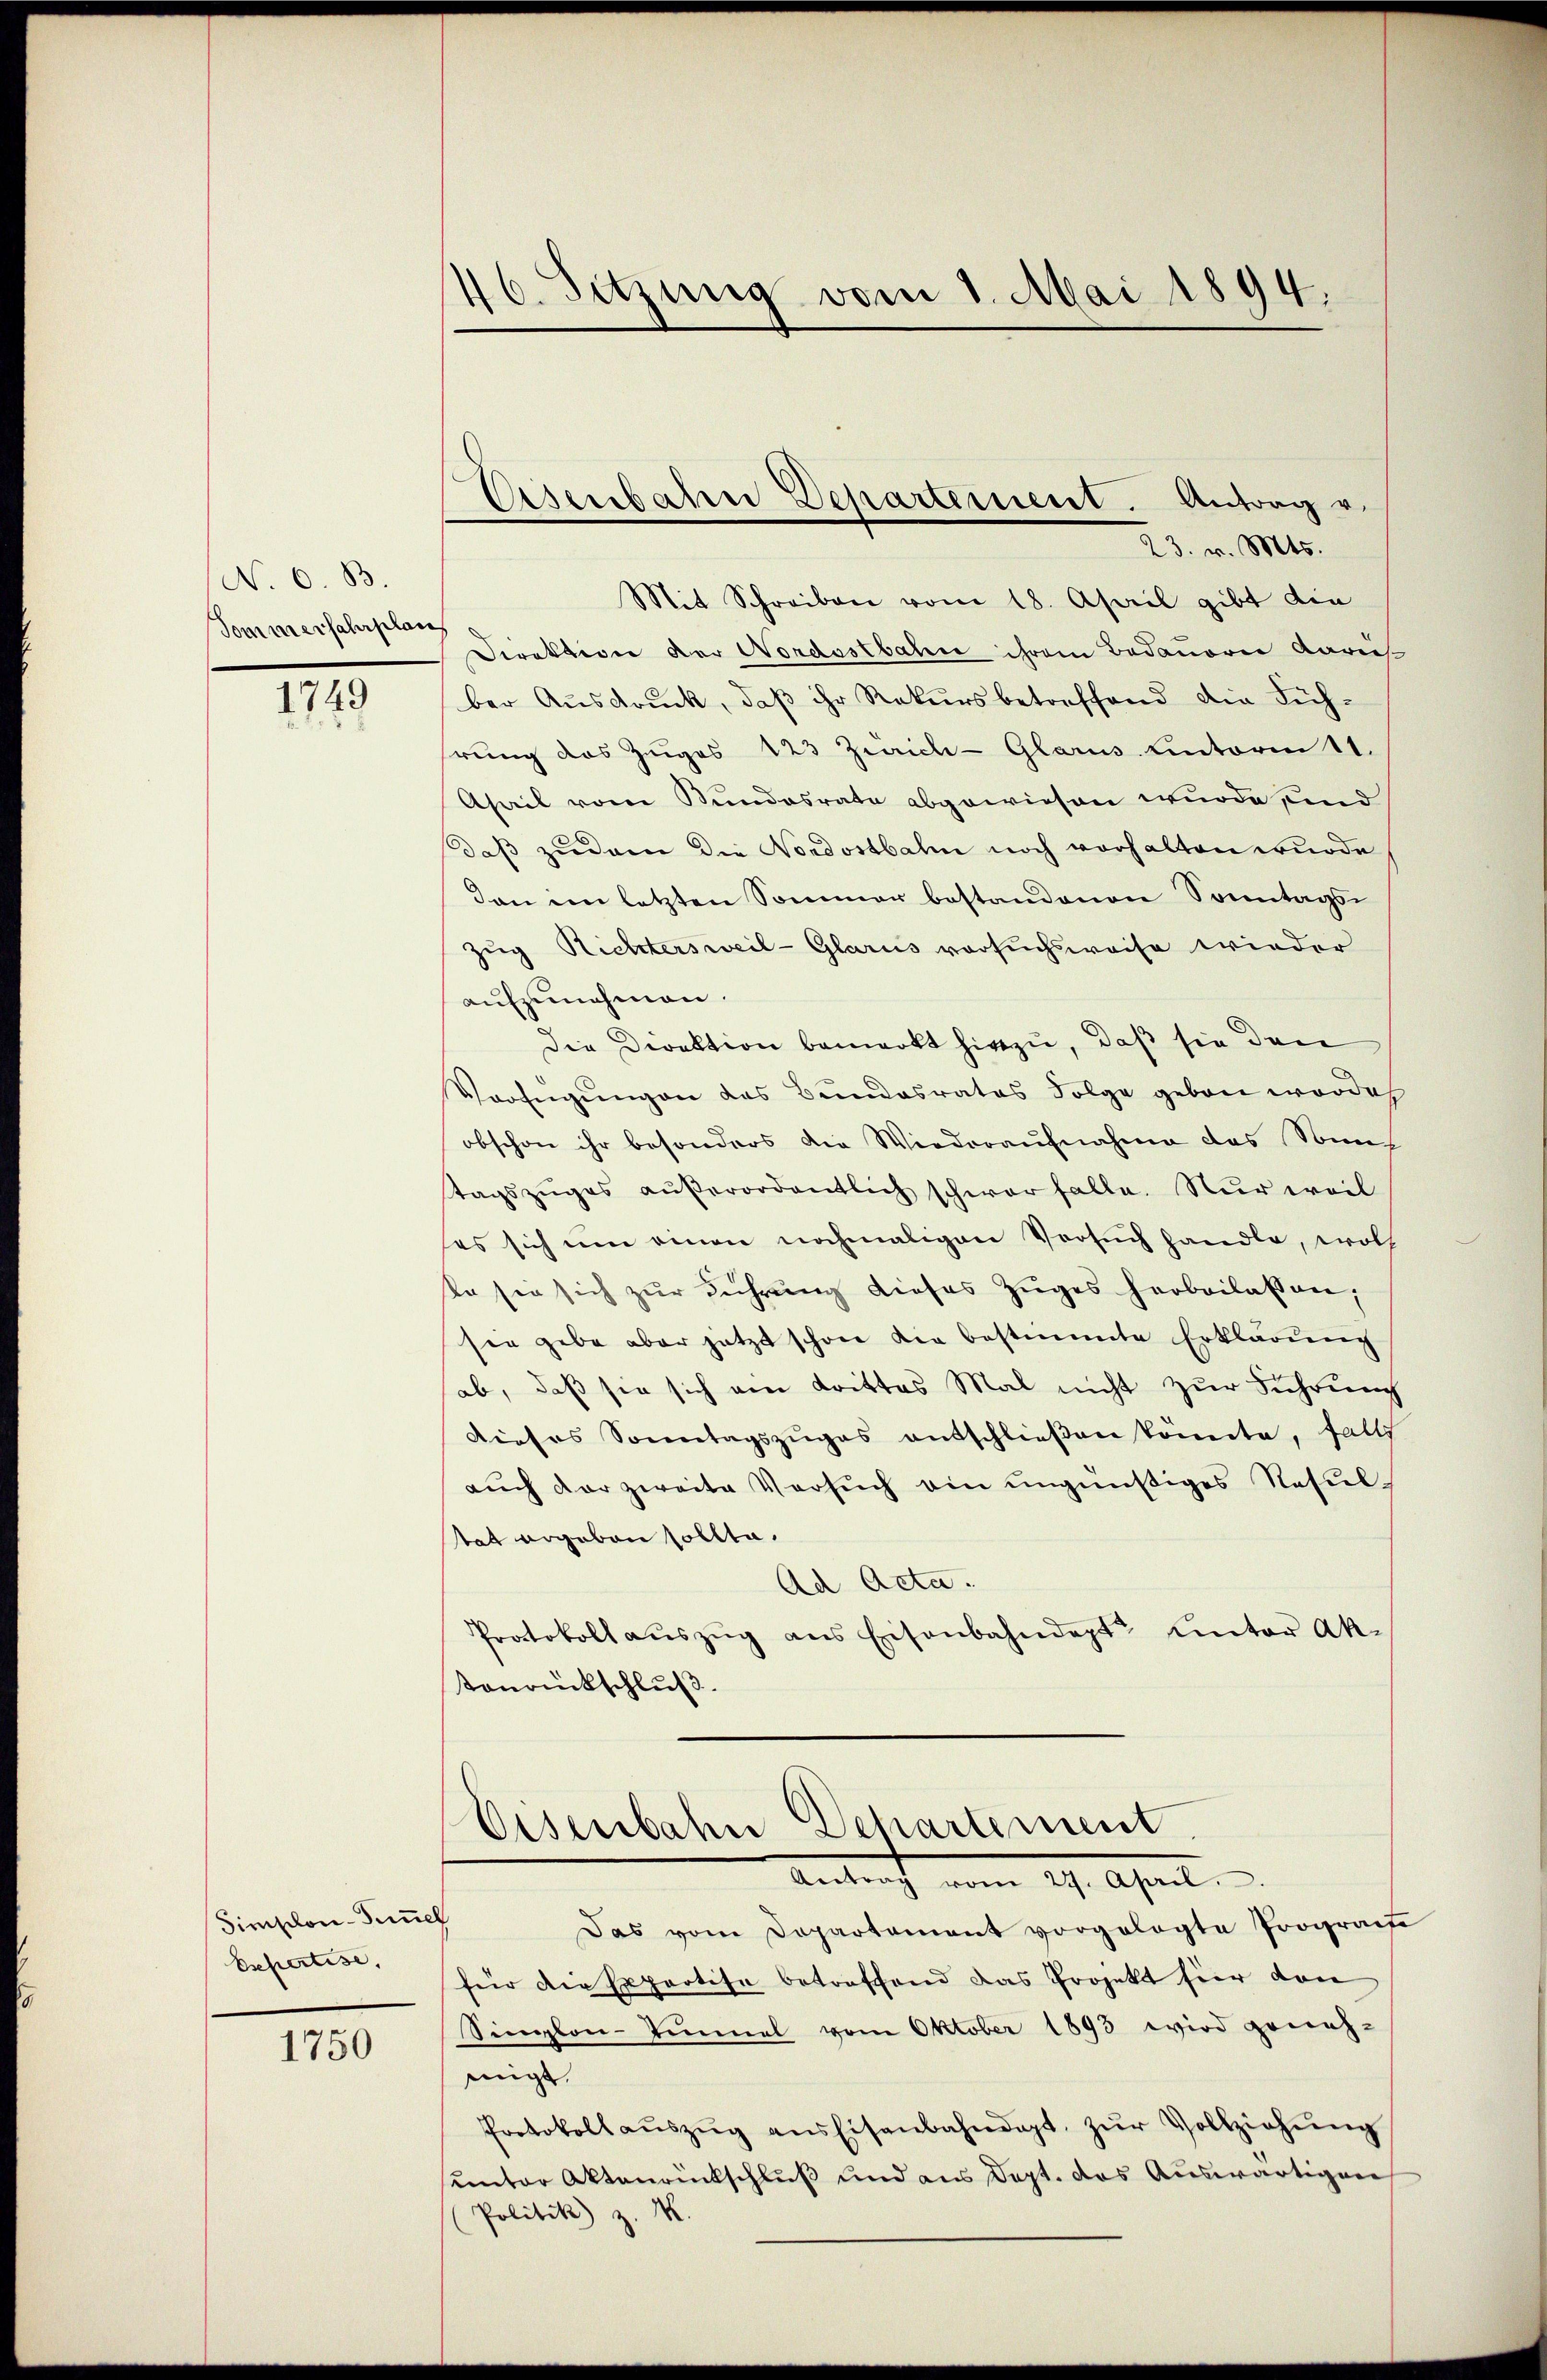
N. O. B
Tommerfahrplan

1749

Simplon-Summel
Espertise,

1750

23. v. Mts.
Mit Schreiben vom 18. April gibt die
Direktion der Nordostbahn ihrem Bedauerer Aareis
ber Ausdruck, daß ihr Rekursbetreffend die Füh-
hrung das Zeiges 123 Zürich-Glarus unterm 11.
Asail vom Bundesrate abgewiesen wurde sind
daß zudem die Nordostbahn noch vorhalten wurde
dan ein letzten Sommer bestandenen Sonntags-
Zug Richtersweil-Glarus versuchsweise wieder
aufzunehmen.
Die Direktion bemerkt hinzu, daß sie den
Verfügŭngen das Bundesrates Folge geben worde
obschon ihr besonders die Wiederaufnahme das Sonn
tagszŭges aŭβerordentlich schwer falle. Nur weil
ses sich um einen nochmaligen Versŭch handle, woll
ta sie sich zur Führung dieses Zuges herbeilassen,
ser gebe aber jetzt schon die bestimmte Erklärung
ab, daß sie sich am Krittes Mal nicht zur Führung
dieses Sonntagszŭges entschlieβen könnte, falls
auch der zweite Versuch ein ungnüßiges Resulttat ergeben sollte.
Ad Acta.
Protokoll aŭszŭg ans Eisenbahndept hinter Ak-
Tonrückschluß

46. Sitzung vom 1. Mai 1894.

Eisenbahn Departement. Antrag v.

Eisenbahn Dehartement
Antrag vom 29. April

Das vom Departament vorgelegte Prografe
für die Expertise betreffend das Projekt hier von
Sinlon-Tunnel vom Oktober 1893 wird geneh-
migt.
Protokoll aŭszŭg aŭs Eisenbahndigt, zŭr Vollziehŭng
unter Aktenrückschluß und aus Dept. das Auswärtigen
(Politik z. M.